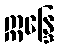
ဣန္ဒြေ